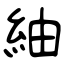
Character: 紬